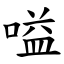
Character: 嗌